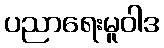
ပညာရေးမူဝါဒ